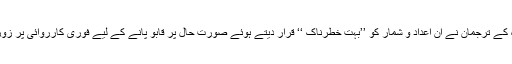
اَقوام ِمتحدہ کے ترجمان نے اِن اَعداد و شمار کو ’’بہت خطرناک ‘‘ قرار دیتے ہوئے صورت حال پر قابو پانے کے لیے فوری کارروائی پر زور دیا ہے !